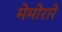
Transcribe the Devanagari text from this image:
मेमोरारे